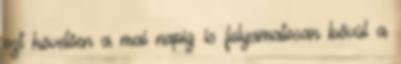
ezt követően a mai napig is folyamatosan bővül a